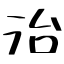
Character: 治